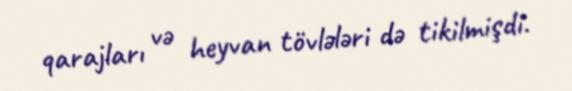
qarajları və heyvan tövlələri də tikilmişdi.